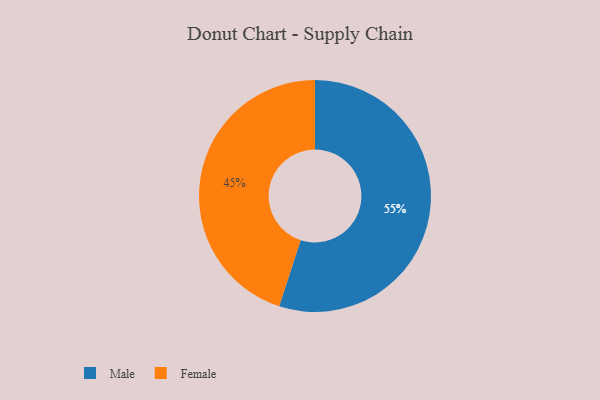
{"axis": {"x": "Category", "y": "Percentage"}, "legend": ["Female", "Male"], "data": [{"x": "Female", "y": 45, "type": "Female"}, {"x": "Male", "y": 55, "type": "Male"}]}